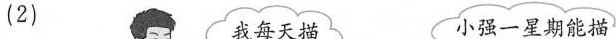
(2)我每天描 小强一星期能描3